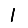
Digit: 1